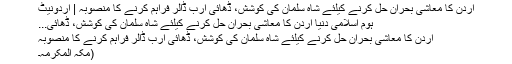
اُردن کا معاشی بحران حل کرنے کیلئے شاہ سلمان کی کوشش، ڈھائی ارب ڈالر فراہم کرنے کا منصوبہ | اُردونیٹ
ہوم اسلامی دنیا اُردن کا معاشی بحران حل کرنے کیلئے شاہ سلمان کی کوشش، ڈھائی...
اُردن کا معاشی بحران حل کرنے کیلئے شاہ سلمان کی کوشش، ڈھائی ارب ڈالر فراہم کرنے کا منصوبہ
(مکہ المکرمہ۔